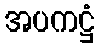
အပကဋ္ဌံ